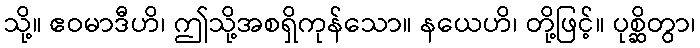
သို့။ ဧဝမာဒီဟိ၊ ဤသို့အစရှိကုန်သော။ နယေဟိ၊ တို့ဖြင့်။ ပုစ္ဆိတွာ၊